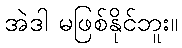
အဲဒါ မဖြစ်နိုင်ဘူး။